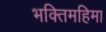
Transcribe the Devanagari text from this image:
भक्तिमहिमा